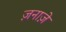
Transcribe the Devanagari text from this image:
ज़नाज़े